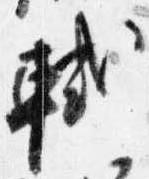
軾